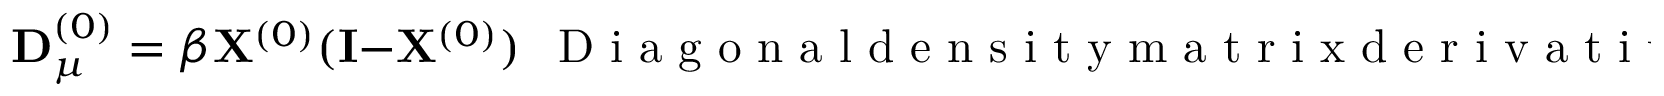
{ \bf D } _ { \mu } ^ { ( 0 ) } = \beta { \bf X } ^ { ( 0 ) } ( { \bf I } - { \bf X } ^ { ( 0 ) } ) ~ ~ \mathrm { ~ D ~ i ~ a ~ g ~ o ~ n ~ a ~ l ~ d ~ e ~ n ~ s ~ i ~ t ~ y ~ m ~ a ~ t ~ r ~ i ~ x ~ d ~ e ~ r ~ i ~ v ~ a ~ t ~ i ~ v ~ e ~ } d { \bf D } ^ { ( 0 ) } / d \mu